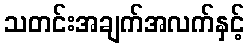
သတင်းအချက်အလက်နှင့်